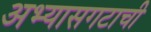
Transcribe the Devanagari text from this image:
अभ्यासगटाची